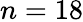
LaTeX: n=18